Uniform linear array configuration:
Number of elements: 4
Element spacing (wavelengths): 1
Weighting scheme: blackman
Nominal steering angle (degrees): -15
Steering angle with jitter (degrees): -14.963
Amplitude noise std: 0.05
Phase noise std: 0.05

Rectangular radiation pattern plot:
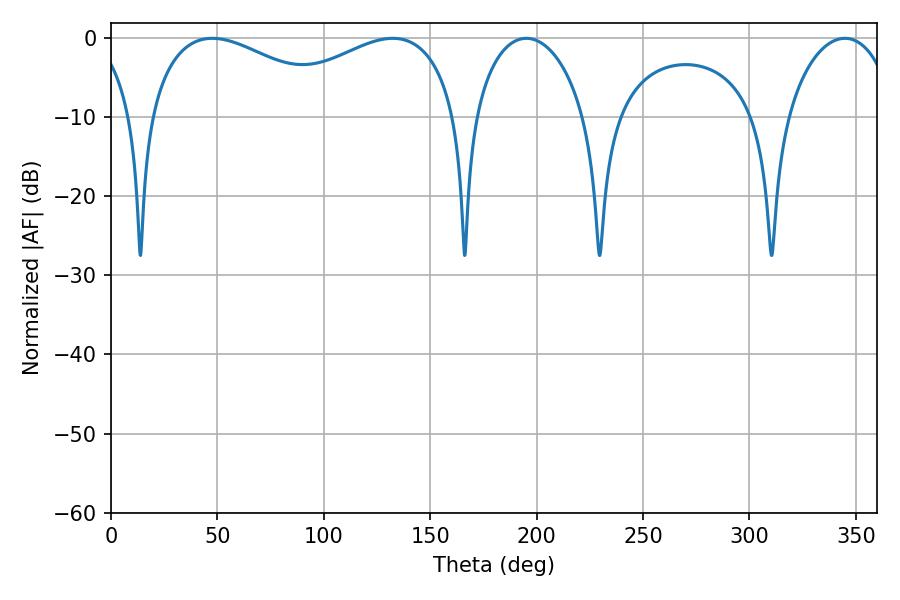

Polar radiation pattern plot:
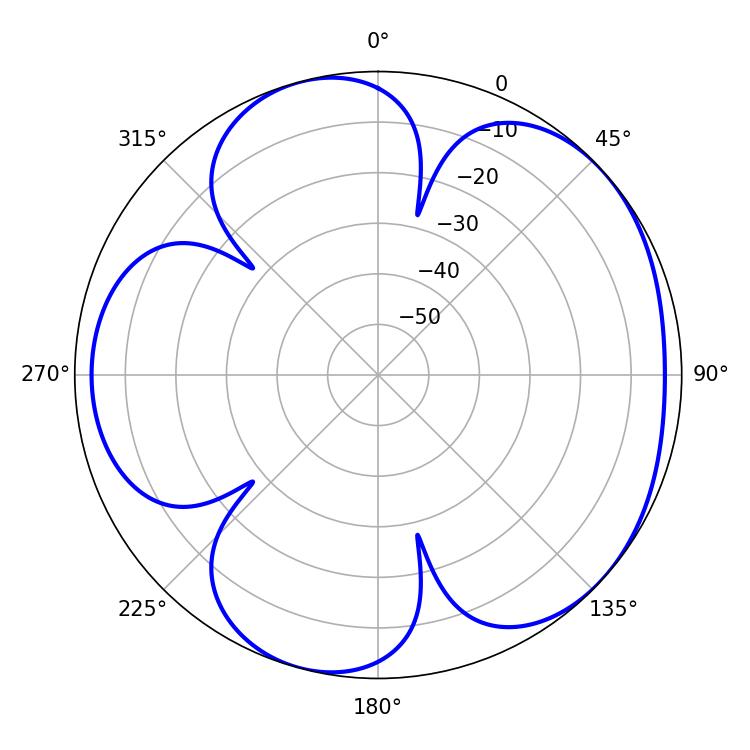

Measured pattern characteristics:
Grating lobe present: TRUE
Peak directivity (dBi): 4.787
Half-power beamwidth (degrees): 29.88
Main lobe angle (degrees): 195.12